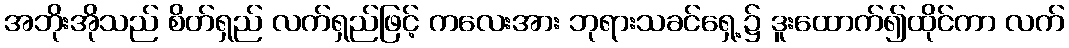
အဘိုးအိုသည် စိတ်ရှည် လက်ရှည်ဖြင့် ကလေးအား ဘုရားသခင်ရှေ့၌ ဒူးထောက်၍ထိုင်ကာ လက်